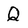
Character: Q